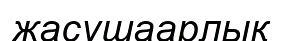
жасушаарлық